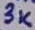
Text: 3K